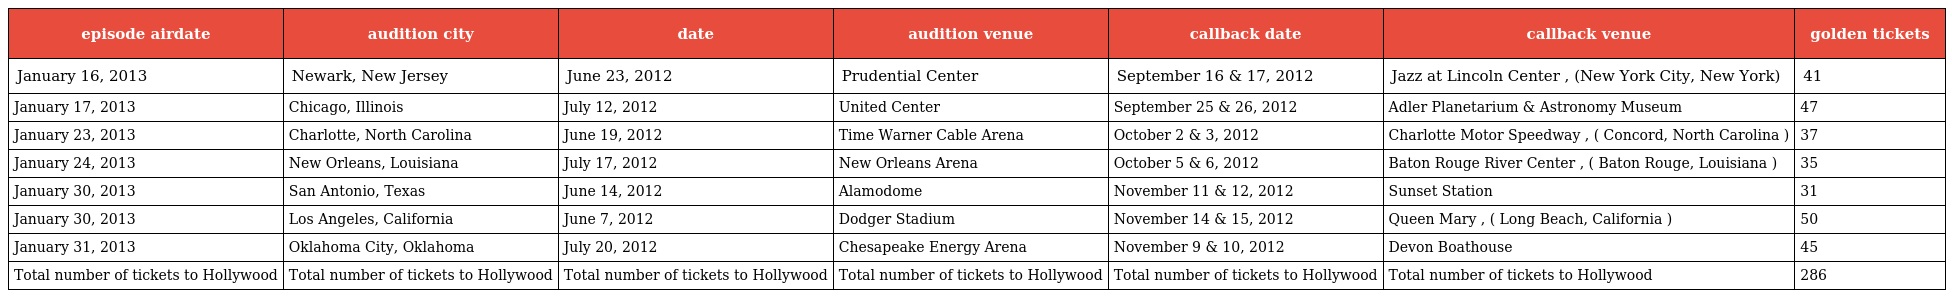
| episode airdate | audition city | date | audition venue | callback date | callback venue | golden tickets |
 | --- | --- | --- | --- | --- | --- | --- |
 | January 16, 2013 | Newark, New Jersey | June 23, 2012 | Prudential Center | September 16 & 17, 2012 | Jazz at Lincoln Center , (New York City, New York) | 41 |
 | January 17, 2013 | Chicago, Illinois | July 12, 2012 | United Center | September 25 & 26, 2012 | Adler Planetarium & Astronomy Museum | 47 |
 | January 23, 2013 | Charlotte, North Carolina | June 19, 2012 | Time Warner Cable Arena | October 2 & 3, 2012 | Charlotte Motor Speedway , ( Concord, North Carolina ) | 37 |
 | January 24, 2013 | New Orleans, Louisiana | July 17, 2012 | New Orleans Arena | October 5 & 6, 2012 | Baton Rouge River Center , ( Baton Rouge, Louisiana ) | 35 |
 | January 30, 2013 | San Antonio, Texas | June 14, 2012 | Alamodome | November 11 & 12, 2012 | Sunset Station | 31 |
 | January 30, 2013 | Los Angeles, California | June 7, 2012 | Dodger Stadium | November 14 & 15, 2012 | Queen Mary , ( Long Beach, California ) | 50 |
 | January 31, 2013 | Oklahoma City, Oklahoma | July 20, 2012 | Chesapeake Energy Arena | November 9 & 10, 2012 | Devon Boathouse | 45 |
 | Total number of tickets to Hollywood | Total number of tickets to Hollywood | Total number of tickets to Hollywood | Total number of tickets to Hollywood | Total number of tickets to Hollywood | Total number of tickets to Hollywood | 286 |